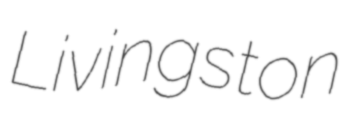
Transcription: Livingston